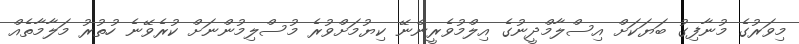
މިވަރުގެ މުނާފިގު ބަޔަކަށް އިސްލާމްދީނުގެ އިލްމުވެރީންނޭ ކިޔުމަށްވުރެ މުސްލިމުންނަށް ކުރެވޭނެ ހުތުރު މަލާމާތެއް